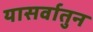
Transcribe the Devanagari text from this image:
यासर्वातुन